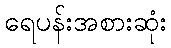
ရေပန်းအစားဆုံး